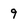
Character: 9